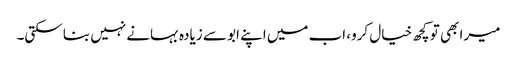
میرا بھی تو کچھ خیال کرو، اب میں اپنے ابو سے زیادہ بہانے نہیں بنا سکتی۔